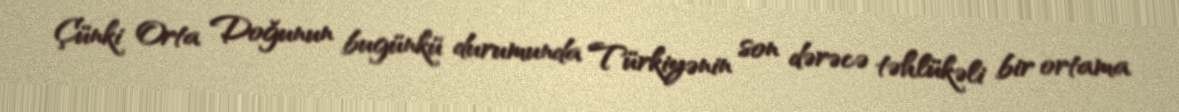
Çünki Orta Doğunun bugünkü durumunda Türkiyənin son dərəcə təhlükəli bir ortama